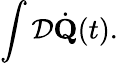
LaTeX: \int{\cal D}\dot{\mathbf Q}(t).